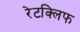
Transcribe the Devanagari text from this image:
रेटक्लिफ